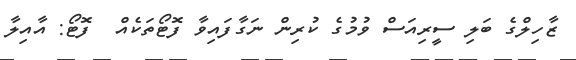
ޒާހިލްގެ ބަލި ސީރިއަސް ވުމުގެ ކުރިން ނަގާފައިވާ ފޮޓޯތަކެއް  ފޮޓޯ: އާއިލާ